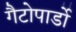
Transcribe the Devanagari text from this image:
गैटोपार्डो